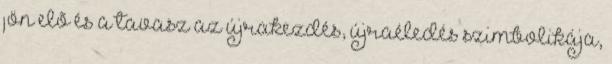
jön elõ és a tavasz az újrakezdés, újraéledés szimbolikája,